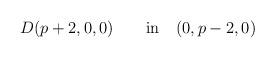
\begin{align*}D(p+2, 0,0)\qquad\hbox{in}\quad(0,p-2,0)\end{align*}